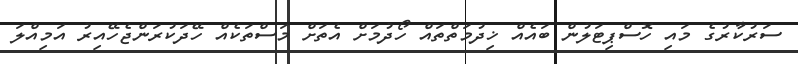
ސަރުކާރުގެ މައި ހޮސްޕިޓަލުން ބައެއް ޚިދުމަތްތައް ހޯދުމަށް އެތަށް މަސްތަކެއް ހޭދަކުރަންޖެހޭއިރު އަމިއްލަ